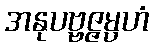
အနုပဗ္ဗဇ္ဇမ္ပဟံ